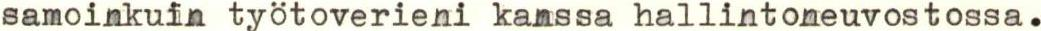
samoinkuin työtoverieni kanssa hallintoneuvostossa.